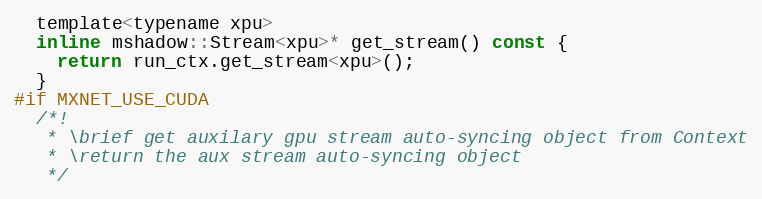
Language: C
  template<typename xpu>
  inline mshadow::Stream<xpu>* get_stream() const {
    return run_ctx.get_stream<xpu>();
  }
#if MXNET_USE_CUDA
  /*!
   * \brief get auxilary gpu stream auto-syncing object from Context
   * \return the aux stream auto-syncing object
   */